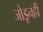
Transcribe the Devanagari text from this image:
जोडूनही